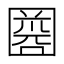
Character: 𡈘